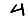
Digit: 4